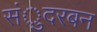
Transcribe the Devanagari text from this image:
संुदरबन